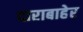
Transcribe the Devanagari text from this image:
दाराबाहेर